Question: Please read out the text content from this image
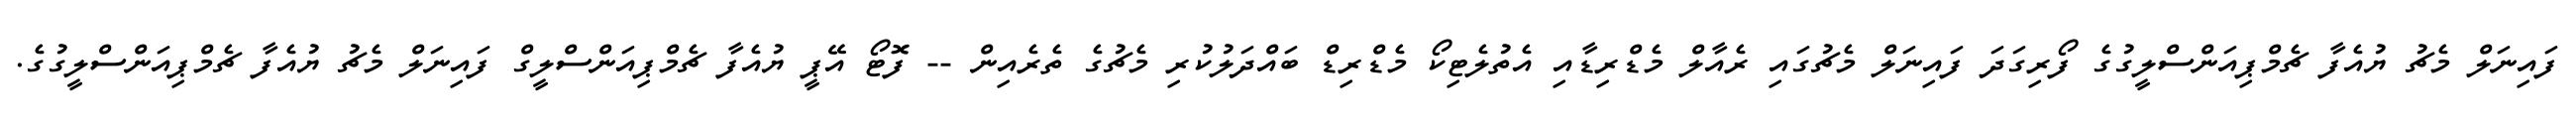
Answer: ފައިނަލް މެޗު ޔުއެފާ ޗެމްޕިއަންސްލީގުގެ ފޯރިގަދަ ފައިނަލް މެޗުގައި ރެއާލް މެޑްރިޑާއި އެތުލެޓިކޯ މެޑްރިޑް ބައްދަލުކުރި މެޗުގެ ތެރެއިން -- ފޮޓޯ އޭޕީ ޔުއެފާ ޗެމްޕިއަންސްލީގް ފައިނަލް މެޗު ޔުއެފާ ޗެމްޕިއަންސްލީގުގެ.